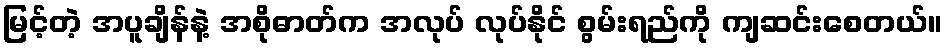
မြင့်တဲ့ အပူချိန်နဲ့ အစိုဓာတ်က အလုပ် လုပ်နိုင် စွမ်းရည်ကို ကျဆင်းစေတယ်။